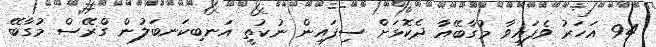
94 އަހަރު ވެފައިވާ މުގާބޭއާ ދެކޮޅަށް ސިފައިން ނުކުތީ އަނބިކަނބަލުން ގްރޭސް މުގާބޭ